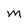
Character: M